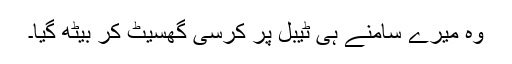
وہ میرے سامنے ہی ٹیبل پر کرسی گھسیٹ کر بیٹھ گیا۔